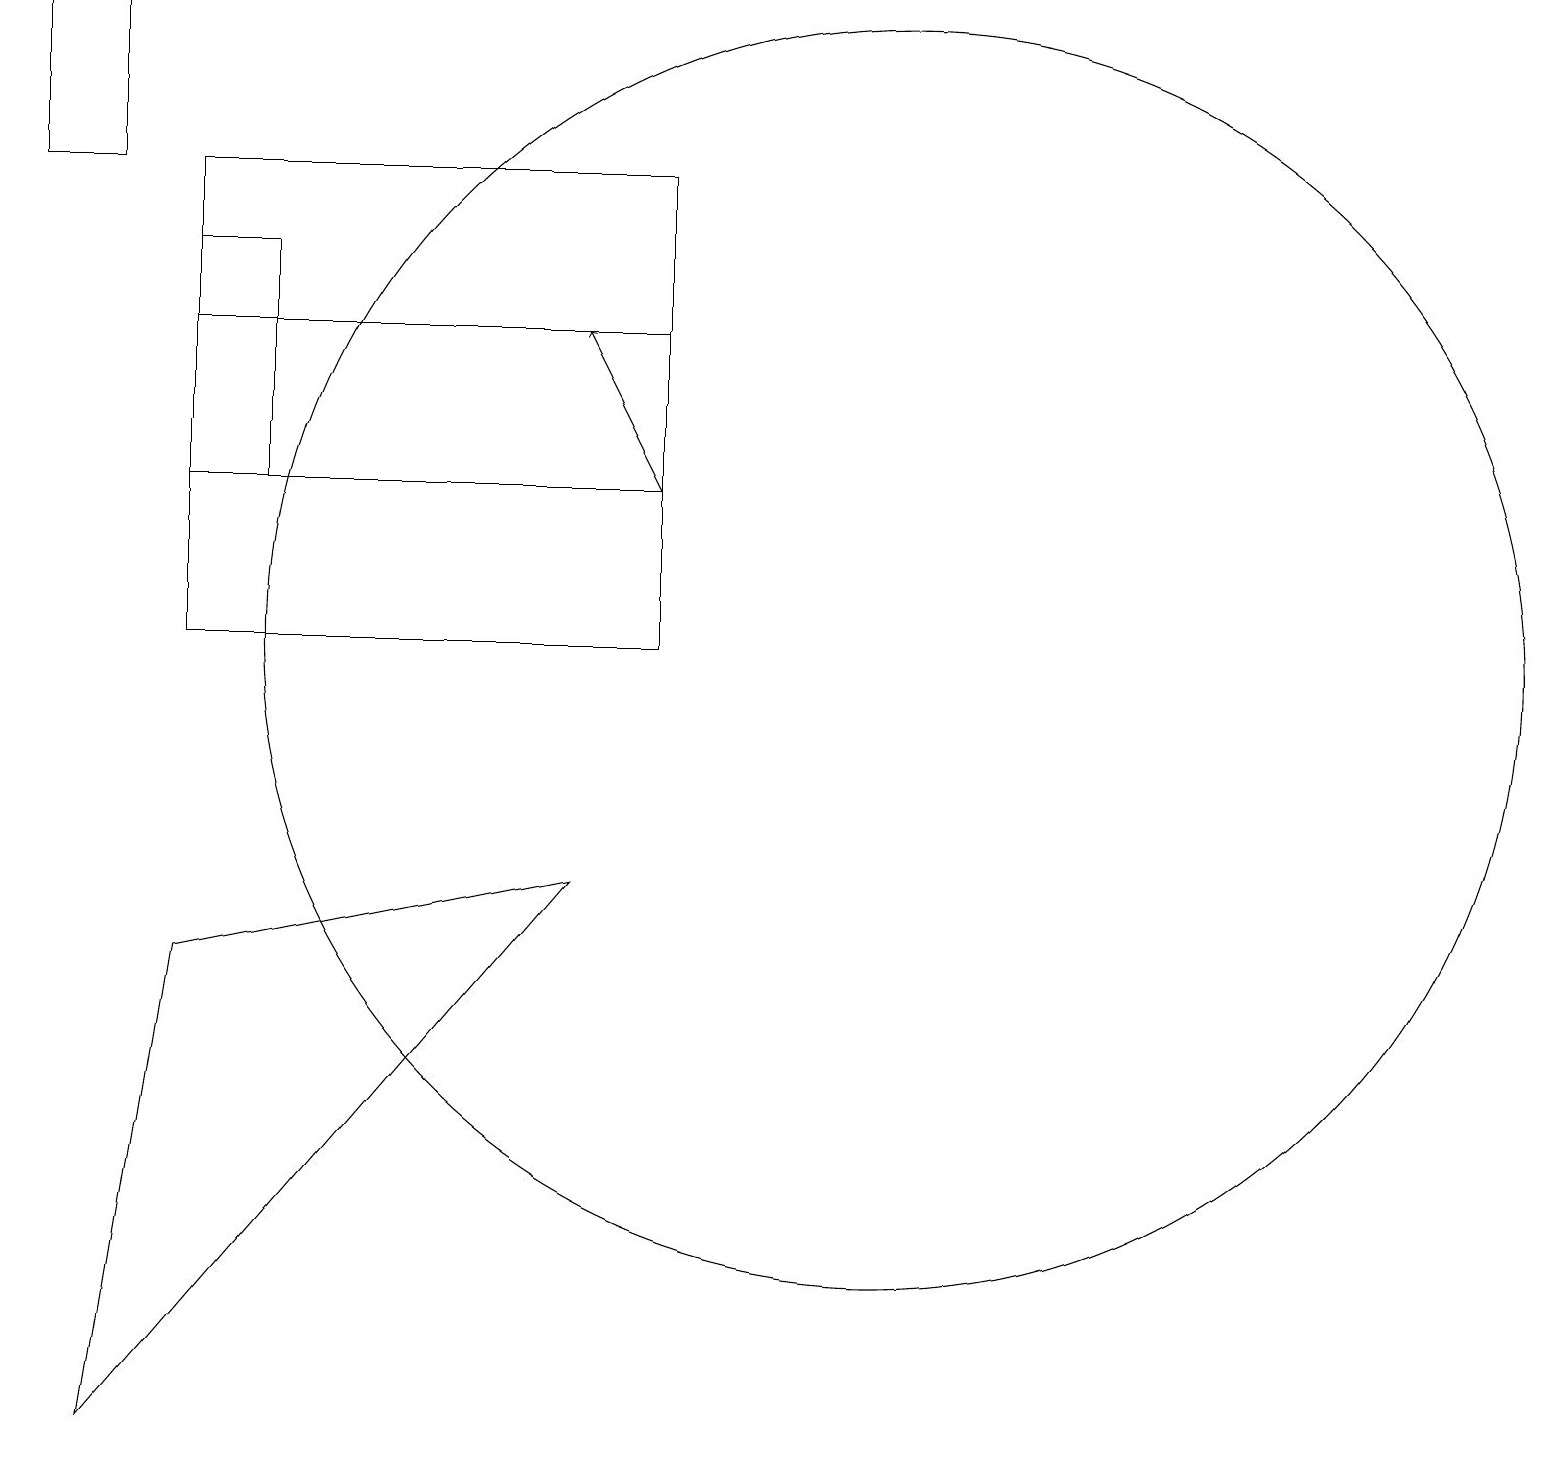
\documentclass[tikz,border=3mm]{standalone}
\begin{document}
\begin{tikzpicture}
\draw (8,11) rectangle (2,17);
\draw (2,7) -- (1,1) -- (7,8) -- cycle;
\draw[->] (8,13) -- (7,15);
\draw (1,17) rectangle (0,19);
\draw (11,11) circle (8);
\draw (2,13) rectangle (8,15);
\draw (3,13) rectangle (2,16);
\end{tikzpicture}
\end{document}